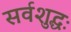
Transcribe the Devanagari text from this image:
सर्वशुद्धः